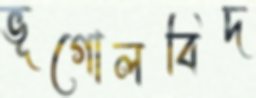
ভূগোলবিদ